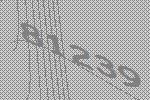
81239